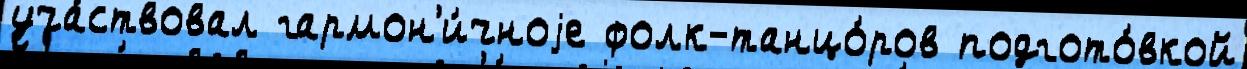
уча́ствовал гармон'и́чноjе фолк-танцо́ров подгото́вкой